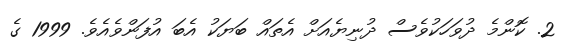
2. ކޮންމެ ދުވަހަކުވެސް ދުނިޔެއަށް އެތައް ބަޔަކު އެބަ އުފަންވެއެވެ. 1999 ގެ